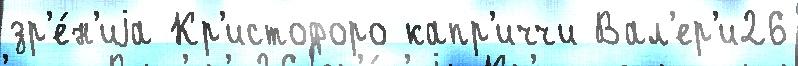
зр'е́н'иjа Кр'истофоро капр'иччи Вал'ер'и26